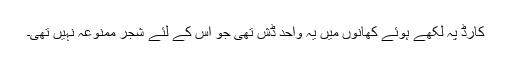
کارڈ پہ لکھے ہوئے کھانوں میں یہ واحد ڈش تھی جو اس کے لئے شجر ممنوعہ نہیں تھی۔